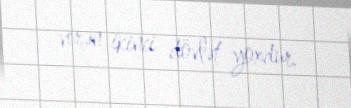
verən ikinci dövlət yoxdur.